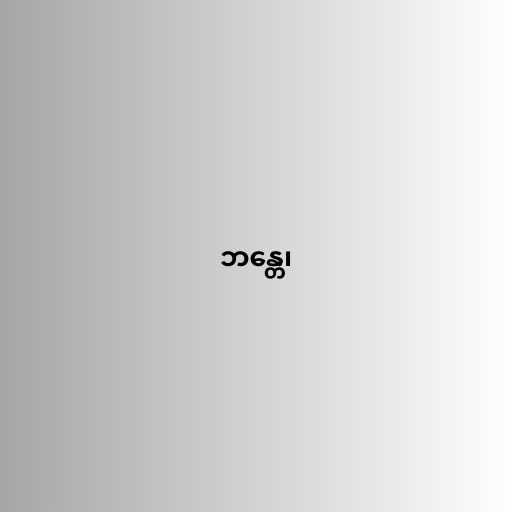
ဘန္တေ၊